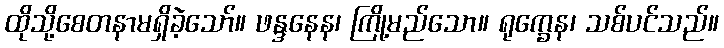
ထိုသို့စေတနာမရှိခဲ့သော်။ ဖန္ဒနေန၊ ကြို့မည်သော။ ရုက္ခေန၊ သစ်ပင်သည်။